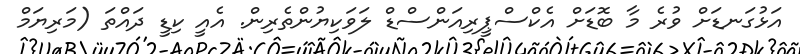
އަޅުގަނޑަށް ވުރެ މާ ބޮޑަށް އެކްސްޕީރިއަންސްޑް ލަވަކިޔުންތެރިން. އެއީ ކިޑީ ދައްތަ (މަރިޔަމް